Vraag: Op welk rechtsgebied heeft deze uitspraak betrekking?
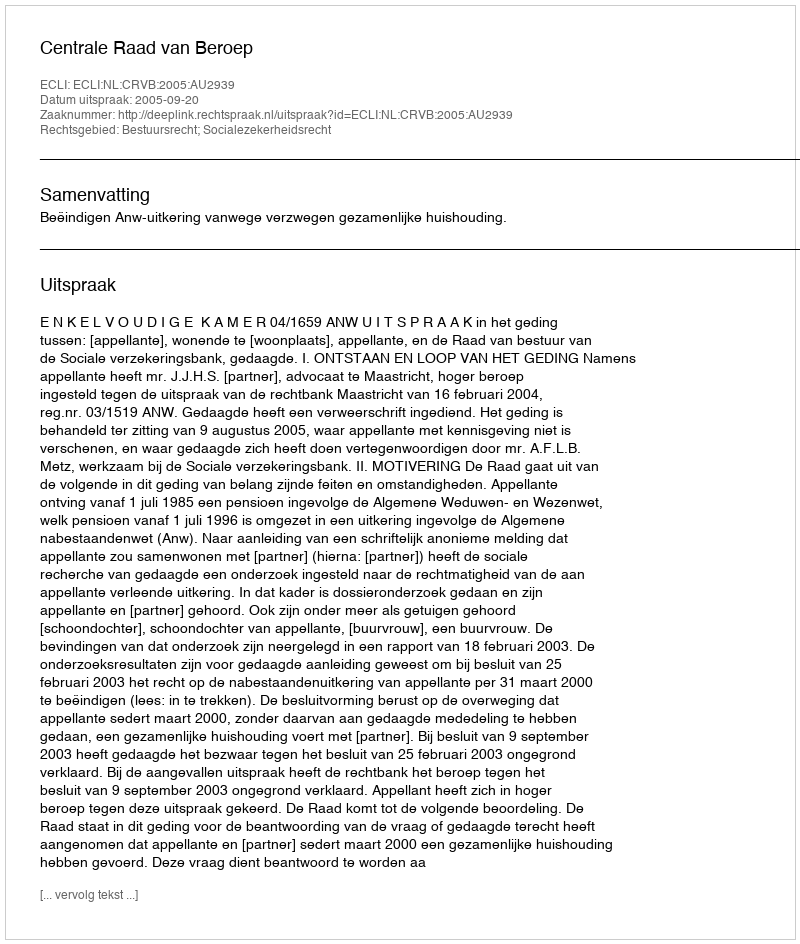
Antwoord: Bestuursrecht; Socialezekerheidsrecht